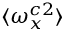
\langle \omega _ { x } ^ { c 2 } \rangle